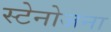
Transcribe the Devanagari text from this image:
स्टेनोजना